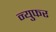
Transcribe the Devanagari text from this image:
न्युफर